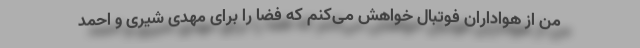
من از هواداران فوتبال خواهش می‌کنم که فضا را برای مهدی شیری و احمد